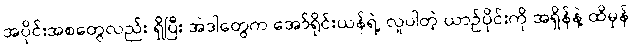
အပိုင်းအစတွေလည်း ရှိပြီး အဲဒါတွေက အော်ရိုင်းယန်ရဲ့ လူပါတဲ့ ယာဉ်ပိုင်းကို အရှိန်နဲ့ ထိမှန်